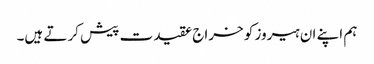
ہم اپنے ان ہیروز کو خراج عقیدت پیش کرتے ہیں۔